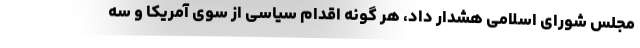
مجلس شورای اسلامی هشدار داد، هر گونه اقدام سیاسی از سوی آمریکا و سه